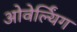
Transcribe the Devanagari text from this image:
ओवेर्ल्यिंग